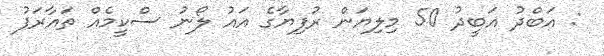
: އަބްދު އަބީދު 50 މިލިޔަން ރުފިޔާގެ އައު ލޯނު ސްކީމެއް ތައާރަފު